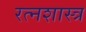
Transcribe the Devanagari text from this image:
रत्नशास्त्र